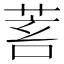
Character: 𦯾